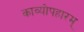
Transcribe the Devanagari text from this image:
काव्योपहारम्